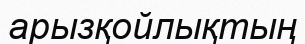
арызқойлықтың